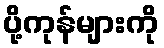
ပို့ကုန်များကို